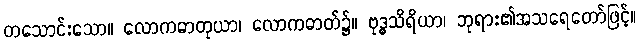
တသောင်းသော။ လောကဓာတုယာ၊ လောကဓာတ်၌။ ဗုဒ္ဓသိရိယာ၊ ဘုရား၏အသရေတော်ဖြင့်။